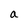
Character: a